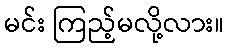
မင်း ကြည့်မလို့လား။